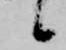
候